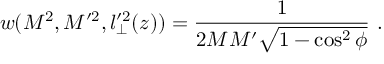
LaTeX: w ( M ^ { 2 } , M ^ { \prime 2 } , { l } _ { \perp } ^ { \prime 2 } ( z ) ) = \frac { 1 } { 2 M { M } ^ { \prime } \sqrt { 1 - \cos ^ { 2 } \phi } } \ .